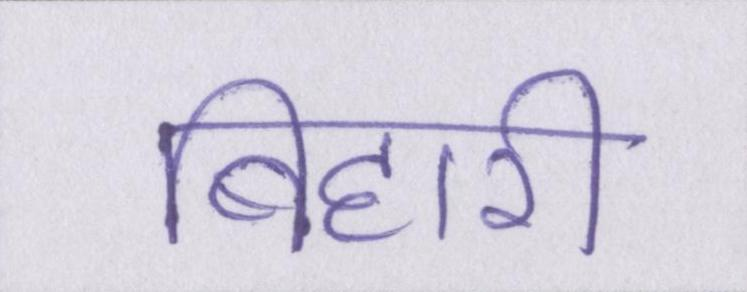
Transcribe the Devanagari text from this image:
बिहारी